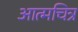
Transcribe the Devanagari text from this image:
आत्मचित्र